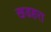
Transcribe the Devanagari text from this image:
खडहरा